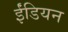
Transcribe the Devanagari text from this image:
ईंडियन